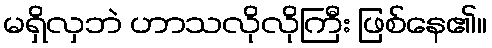
မရှိလှဘဲ ဟာသလိုလိုကြီး ဖြစ်နေ၏။